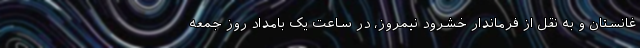
غانستان و به نقل از فرماندار خشرود نیمروز، در ساعت یک بامداد روز جمعه